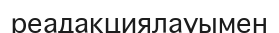
реадакциялауымен